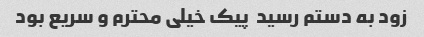
زود به دستم رسید ‌ پیک خیلی محترم و سریع بود